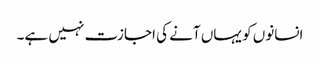
انسانوں کو یہاں آنے کی اجازت نہیں ہے۔